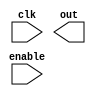
`timescale 1ns / 1ps
//////////////////////////////////////////////////////////////////////////////////
// Company: 
// Engineer: 
// 
// Design Name: 
// Module Name:    cont 
// Project Name: 
// Target Devices: 
// Tool versions: 
// Description: 
//
// Dependencies: 
//
// Revision: 
// Revision 0.01 - File Created
// Additional Comments: 
//
//////////////////////////////////////////////////////////////////////////////////
module cont(
	input wire clk,
	input wire enable,
	output reg [4:0] out
    );
	 
reg [4:0] contador;	
   

   always @(negedge clk)
	begin
	if(enable)
	begin
      if(contador < 5'd21)
			contador = contador+1'b1;
		else
			contador = 5'b00000;
	end
	else
		contador = 5'b00000;
	
	end

endmodule